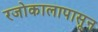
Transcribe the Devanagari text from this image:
रजोकालापासून